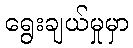
ရွေးချယ်မှုမှာ